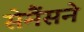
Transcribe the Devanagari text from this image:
सेमैंसने